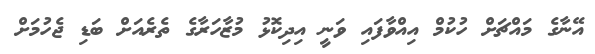
އޭނާގެ މައްޗަށް ހުކުމް އިއްވާފައި ވަނީ އިދިކޮޅު މުޒާހަރާގެ ތެރެއަށް ބަޑި ޖެހުމަށް